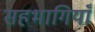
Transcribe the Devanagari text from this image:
सहभागियाँ